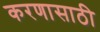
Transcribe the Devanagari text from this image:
करणासाठी